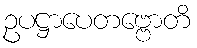
ဥပဋ္ဌာပေတဗ္ဗောတိ